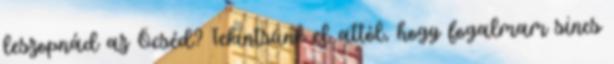
leszopnád az Öcséd? Tekintsünk el attól, hogy fogalmam sincs